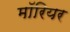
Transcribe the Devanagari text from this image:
मॉरियर